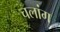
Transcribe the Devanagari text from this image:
चलांग